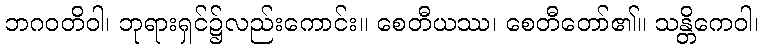
ဘဂဝတိဝါ၊ ဘုရားရှင်၌လည်းကောင်း။ စေတီယဿ၊ စေတီတော်၏။ သန္တိကေဝါ၊